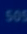
509